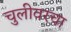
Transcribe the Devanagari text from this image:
चुलीवरचा